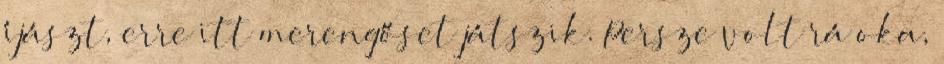
íjászt, erre itt merengőset játszik. Persze volt rá oka,